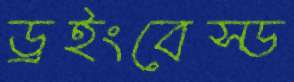
ড্রইংবেস্ড